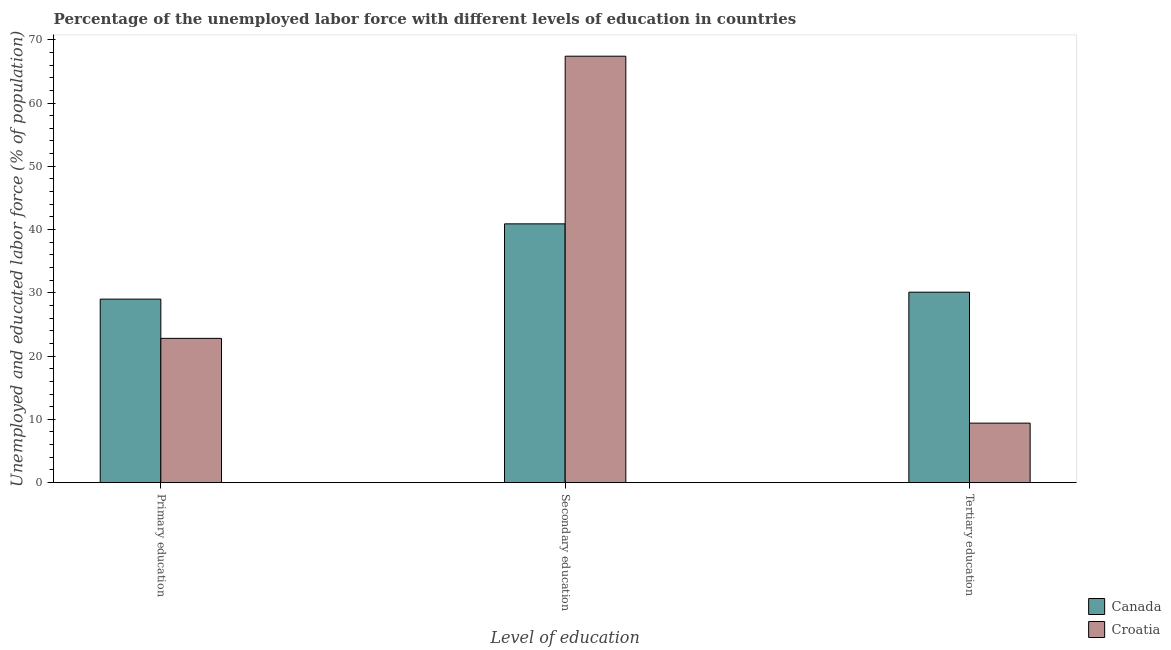
| Level of education | Canada | Croatia |
 | --- | --- | --- |
 | Primary education | 29 | 22.8 |
 | Secondary education | 40.9 | 67.4 |
 | Tertiary education | 30.1 | 9.4 |